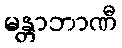
မန္တာဘာဏီ